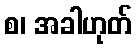
စ၊ အခါဟုတ်